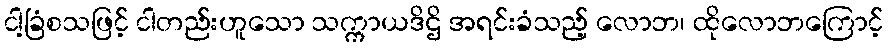
ငါ့ခြံစသဖြင့် ငါတည်းဟူသော သက္ကာယဒိဌိ အရင်းခံသည့် လောဘ၊ ထိုလောဘကြောင့်